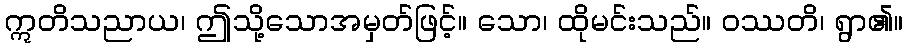
ဣတိသညာယ၊ ဤသို့သောအမှတ်ဖြင့်။ သော၊ ထိုမင်းသည်။ ဝဿတိ၊ ရွာ၏။